Annual statistical returns and brief notes on vaccination in Bengal - 1887-1898
Year: 1887
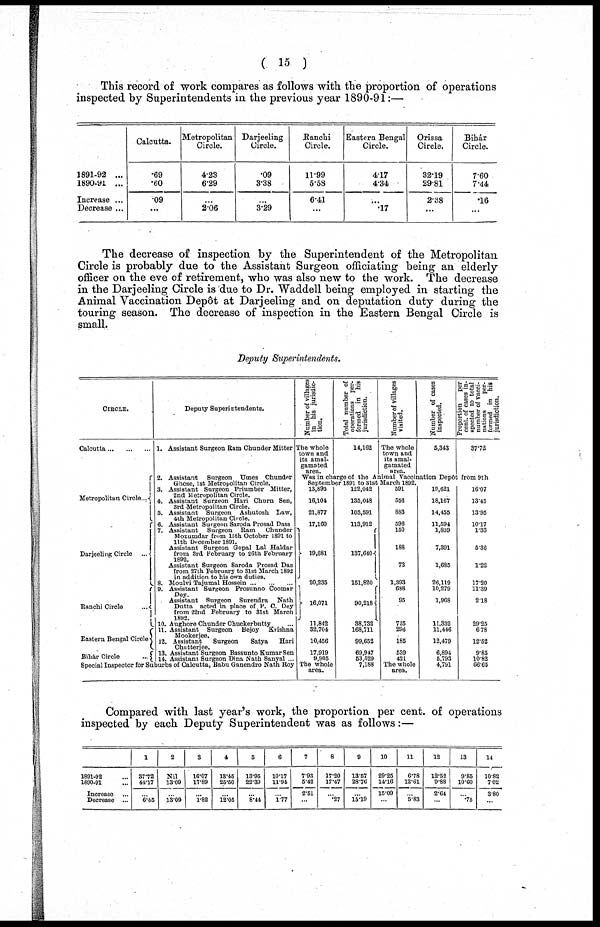
( 15 )
This record of work compares as follows with the proportion of operations
inspected by Superintendents in the previous year 1890-91:—
1891-92 ...
1890-91 ...
Increase ...
Decrease ...
Calcutta.
.69
.60
.09
...
Metropolitan
Circle.
4.23
6.29
...
2.06
Darjeeling
Circle.
.09
3.38
...
3.29
Ranchi
Circle.
11.99
5.58
6.41
...
Eastern Bengal
Circle.
4.17
4.34
...
.17
Orissa
Circle.
32.19
29.81
2.38
...
Bihár
Circle.
7.60
7.44
.16
...
The decrease of inspection by the Superintendent of the Metropolitan
Circle is probably due to the Assistant Surgeon officiating being an elderly
officer on the eve of retirement, who was also new to the work. The decrease
in the Darjeeling Circle is due to Dr. Waddell being employed in starting the
Animal Vaccination Depôt at Darjeeling and on deputation duty during the
touring season. The decrease of inspection in the Eastern Bengal Circle is
small.
Deputy Superintendents.
CIRCLE.
Calcutta ... ... ... ...
Metropolitan Circle ...
Darjeeling Circle
...
Ranchi Circle
...
Eastern Bengal Circles
Bihár Circle
...
Deputy Superintendents.
1. Assistant Surgeon Ram Chunder Mitter
2. Assistant Surgeon Umes Chunder
Ghose, 1st Metropolitan Circle.
3. Assistant Surgeon Priumber Mitter,
2nd Metropolitan Circle.
4. Assistant Surgeon Hari Churn Sen,
3rd Metropolitan Circle.
5. Assistant Surgeon Ashutosh Law,
4th Metropolitan Circle.
6. Assistant Surgeon Saroda Prosad Dass
7. Assistant Surgeon Ram Chunder
Mozumdar from 15th October 1891 to
11th December 1891.
Assistant Surgeon Gopal Lal Haldar
from 3rd February to 26th February
1892.
Assistant Surgeon Saroda Prosad Das
from 27th February to 31st March 1892
in addition to his own duties.
8. Moulvi Tajumal Hossein ... ... ...
9. Assistant Surgeon Prosunno Coomar
Dey.
Assistant Surgeon Surendra Nath
Dutta acted in place of. P. C. Dey
from 22nd February to 31st March
1892.
10. Aughore Chunder Chuckerbutty ...
11. Assistant Surgeon Bejoy Krishna
Mookerjee.
12. Assistant
Surgeon
Satya
Hari
Chatterjee.
13. Assistant Surgeon Bassunto Kumar Sen
14. Assistant Surgeon Dina Nath Sanyal ...
Special Inspector for Suburbs of Calcutta, Babu Ganendro Nath Roy
Number of villages
in his jurisdic-
tion.
The whole
town and
its amal-
gamated
area.
Total number of
operations per-
formed in bis
jurisdiction.
14,162
Number of villages
visited.
The whole
town and
its amal-
gamated
area.
Number of cases
inspected.
5,343
Proportion
per
cent. of cases in-
spected to total
number of vacci-
nations
per-
formed in his
jurisdiction.
37.72
Was in charge of the Animal Vaccination Depôt from 9th
September 1891 to 31st March 1892.
13,895
16,104
21,877
17,160
19,681
20,235
16,071
11,842
32,704
10,456
17,919
9,905
The whole
area.
122,042
135,048
103,591
113,912
137,640
151,820
90,218
38,732
168,711
99,652
69,947
53,529
7,188
591
556
883
596
150
188
73
1,393
688
95
725
296
185
539
421
The whole
area.
19,621
18,167
14,455
11,594
1,839
7,391
1,685
26,119
10,279
1,968
11,332
11,446
12,479
6,894
5,793
4,791
16.07
13.45
13.95
10.17
1.33
5.36
1.22
17.20
11.39
2.18
29.25
6.78
12.52
9.85
10.82
66.65
Compared with last year's work, the proportion per cent. of operations
inspected by each Deputy Superintendent was as follows:—
1891-92 ...
1890-91 ...
Increase ...
Decrease ...
1
37.72
44.17
...
6.45
2
Nil
13.09
...
13.09
3
16.07
17.89
...
1.82
4
13.45
25.50
...
12.05
5
13.95
22.39
...
8.44
6
10.17
11.94
...
1.77
7
7.93
5.42
2.51
...
8
17.20
17.47
...
.27
9
13.57
28.76
...
15.19
10
29.25
14.16
15.09
...
11
6.78
12.61
...
5.83
12
12.52
9.88
2.64
...
13
9.85
10.60
...
.75
14
10.82
7.02
3.80
...